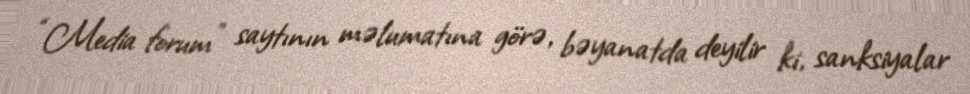
“Media forum” saytının məlumatına görə, bəyanatda deyilir ki, sanksiyalar